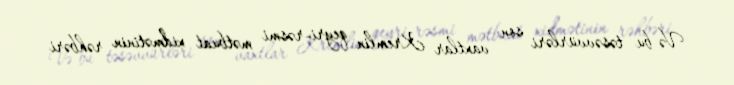
Və bu təsəvvürləri son vaxtlar Kremlin qeyri-rəsmi mətbuat xidmətinin rəhbəri